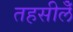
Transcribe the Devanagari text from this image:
तहसीलेँ